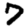
Digit: 7